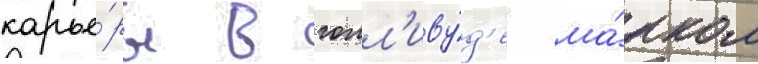
карье́ры в голл'иву́д'е ма́рком